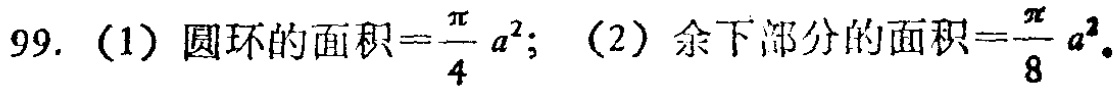
99. (1) 圆环的面积\(=\frac{\pi}{4}a^{2}\); (2) 余下部分的面积\(=\frac{\pi}{8}a^{2}\).